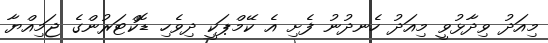
މިއަދު ވިދާޅުވީ މިއަދު ހެނދުނު ފެށި އެ ކޭމްޕަކީ ދިވެހި ޑޮކްޓަރުންގެ ޖަމިއްޔާ